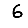
Digit: 6